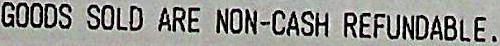
GOODS SOLD ARE NON-CASH REFUNDABLE.